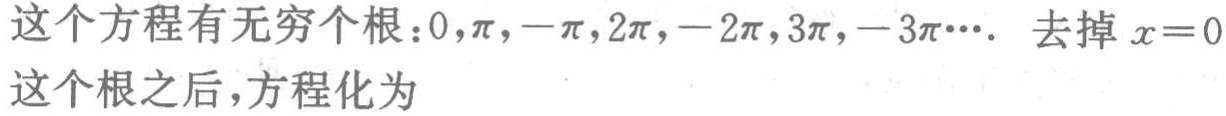
这个方程有无穷个根：\(0,\pi,-\pi,2\pi,-2\pi,3\pi,-3\pi\cdots\). 去掉\(x = 0\)这个根之后，方程化为